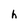
Character: h